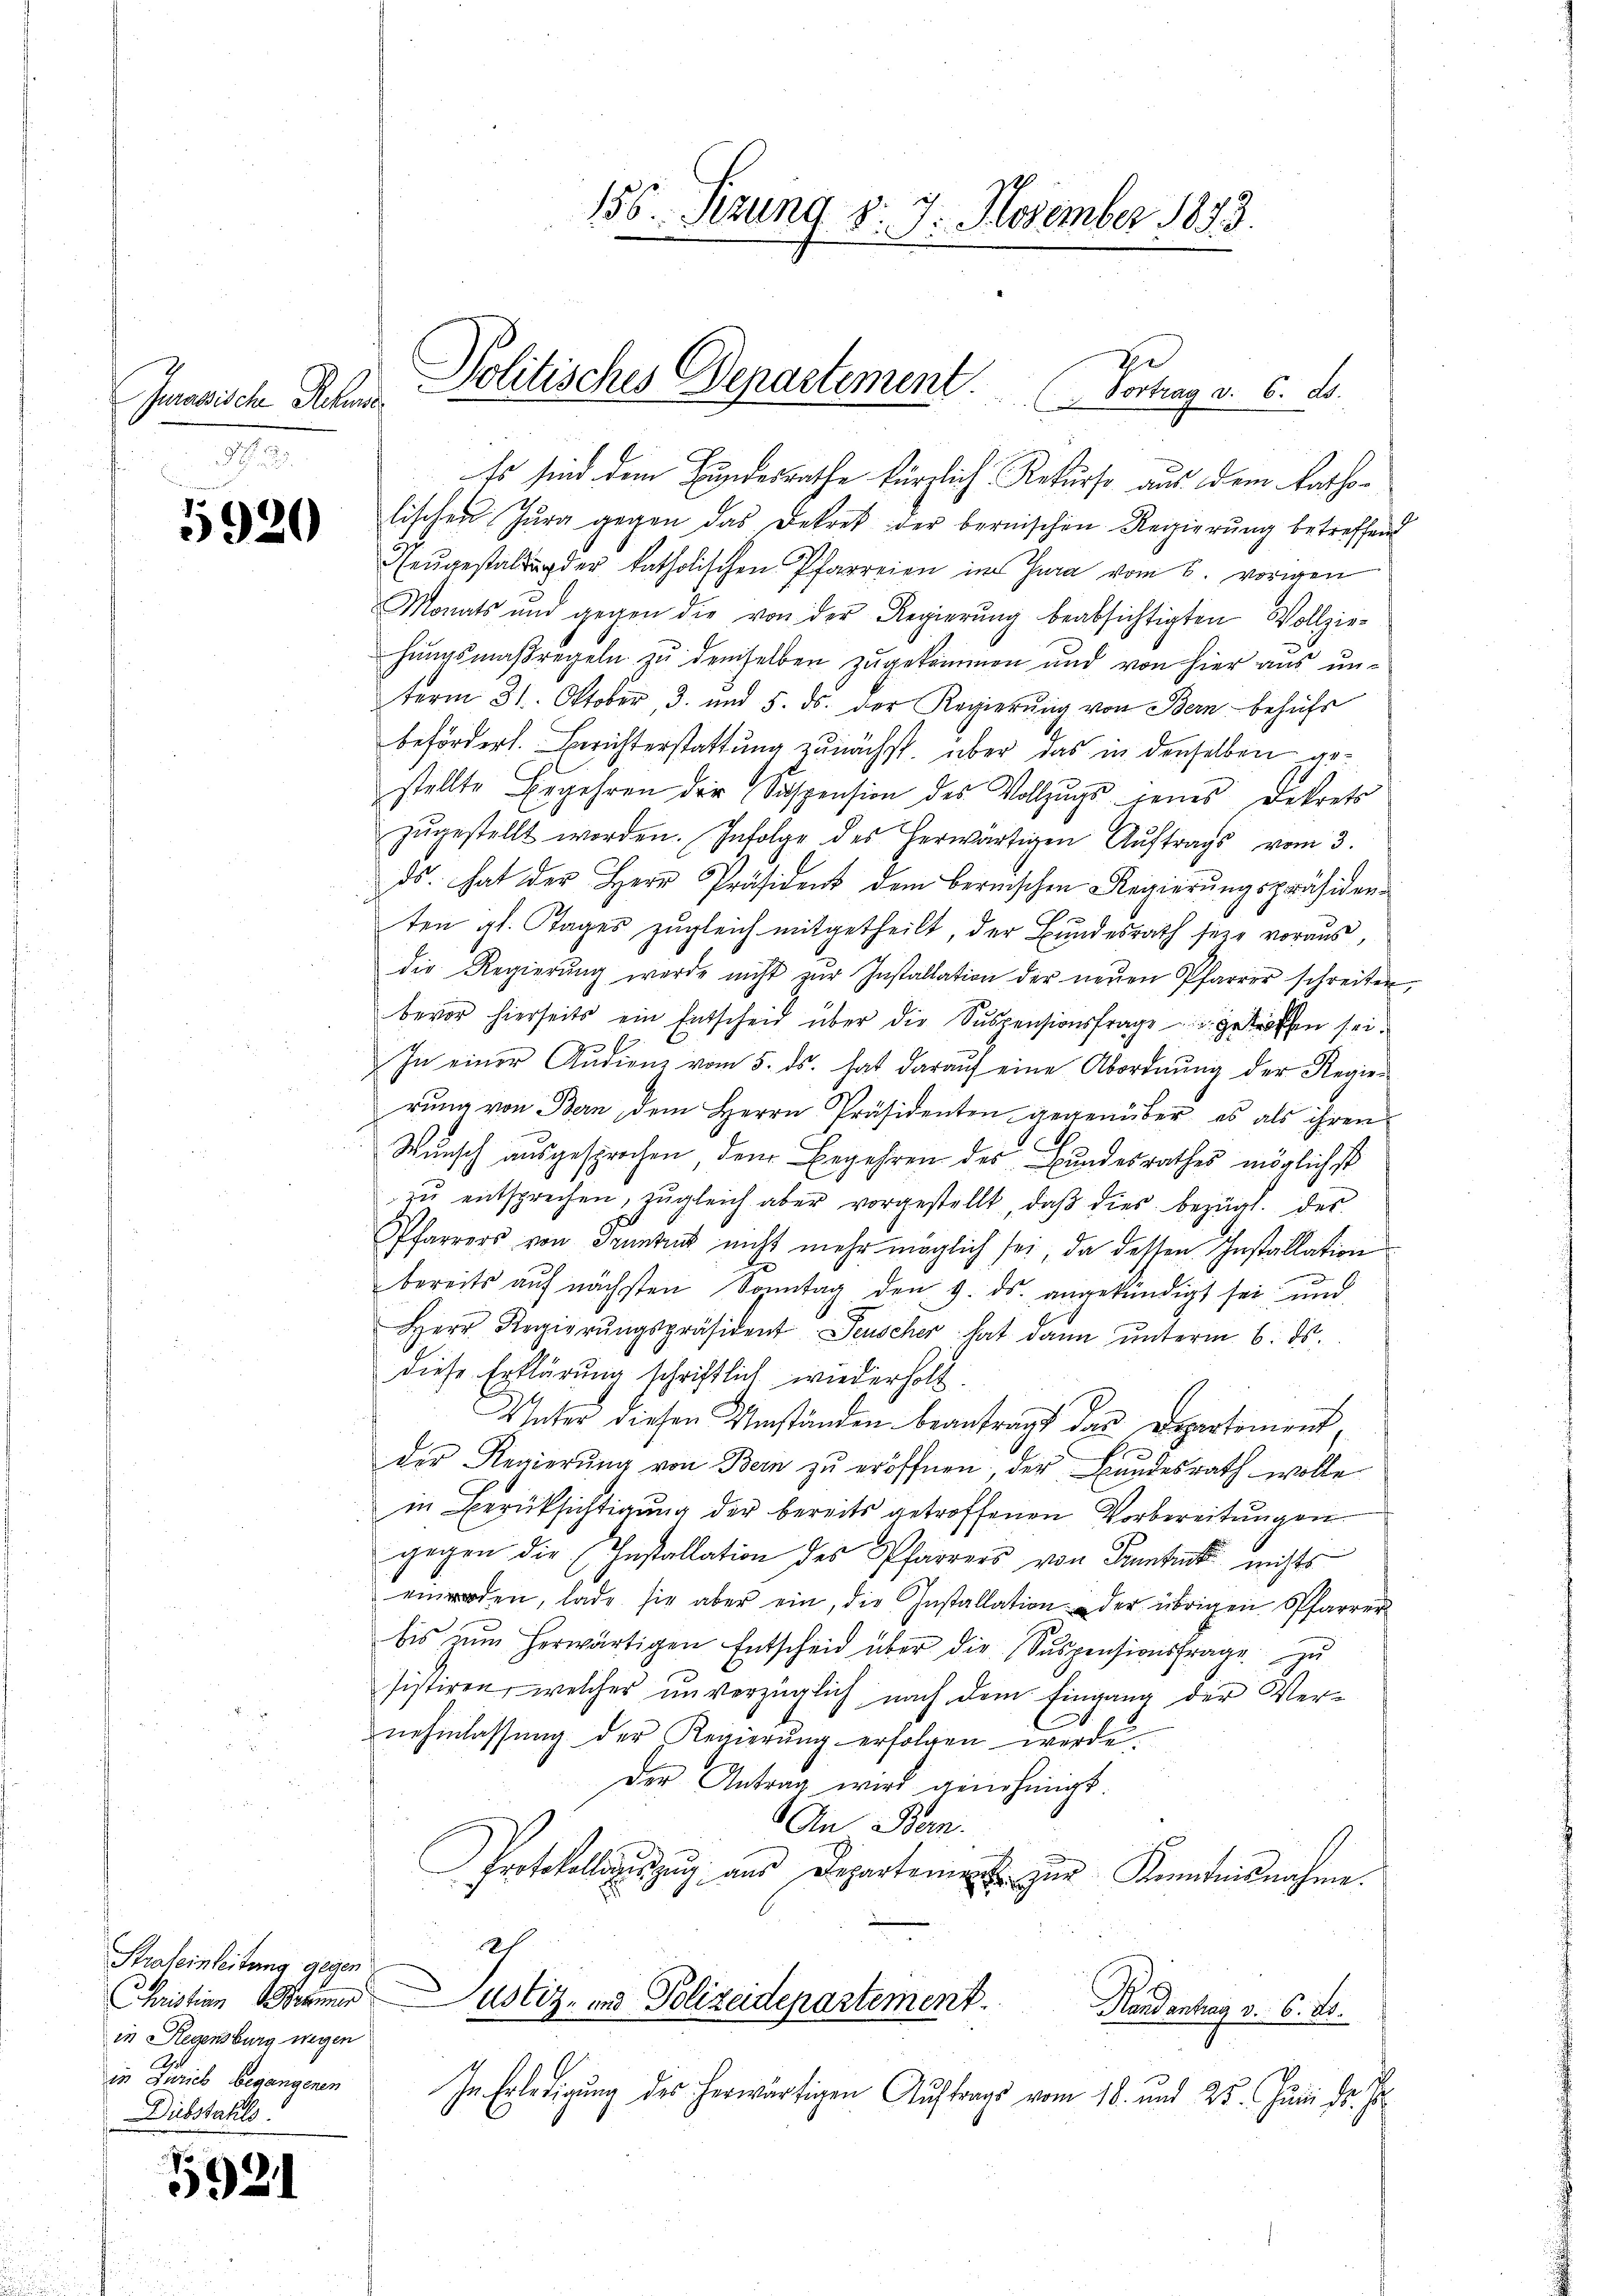
Jurassische Rechne

5920

5921

Straleinleitung gegen.
Christian Berner
in Regensburg wegen
in Zürich begangenen
Diebstahls

156. Sezung d. 7. November 1893.

Neugestaltung der katholischen Pfarreien im Jura vom 6. vorigen
Monats und gegen die von der Regierŭng beabsichtigten Vollzie-
hungsmaßregeln zu demselben zugekommen und von hier aus un-
term 31. Oktober, 3. und 5. ds. der Regierŭng von Bern behühr
befördert. Berichterstattung zunächst über das in denselben gestellte Begehren der Suspension des Vollzŭgs jenes Dekrets
zŭgestellt worden. Infolge des herwärtigen Aŭftrags vom 3.
ds. hat der Herr Präsident dem bernischen Regierungspräsiden-
ten gl. Tages zugleich mitgetheilt, der Bundesrath seye voraus
die Regierŭng werde nicht zŭr Installation der neŭen Pfarrer schreiben,
bevor hierseits ein Entscheid über die Suspensionsfrage getroffen sei.
In
In einer Andienz vom 5. ds. hat daraŭf eine Abordnŭng der Regier
rŭng von Bern dem Herrn Präsidenten gegenüber es als ihren
Wunsch ausgesprochen dem Begehren des Bundesrathes möglichst
zŭ entsprechen, zŭgleich aber vorgestellt, daβ dies bezügl. des
Pfarrers von Trunke nicht mehr möglich sei, da dessen Installation
bereits aŭf nächsten Sonntag den 9. ds. angekündigt sei, und
Herr Regierŭngspräsident Leuscher hat dann ŭnterm 6. ds.
diese Erklärung schriftlich wiederholt.
Unter diesen Umständen beantragt das Departement
der Regierung von Bern zu eröffnen, der Bundesrath wolle
in Berücksichtigung der bereits getroffenen Vorbereitungen
gegen die Installation des Pfarrers von Sonnte nichts
eirden, lade sie aber ein, die Installation der übrigen Pfarrer
bis zŭm herwärtigen Entscheid über die Suspensionsfrage zu
sistiren, welcher unverzüglich nach dem Eingang der Vernehmlassung der Regierŭng erfolgen werde.
Der Antrag wird genehmigt.
An Bern.
Protokollauszug aus Departement zur Kenntnisnahme.
22f
Justiz- und Polizeidepartement
Handentrag v. 6. ds.
In Erledigung des herwärtigen Auftrags vom 18. und 25. Juni d. J

Politisches Departement Vortrag v. 6. ds.
Es sind dem Bundesrathe kürzlich. Rekurso aus dem Ratholischen Jura gegen das Dekret der bernischen Regierung betreffend